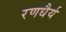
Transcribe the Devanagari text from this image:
रणधैर्य